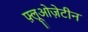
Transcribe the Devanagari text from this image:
फ़्लूओज़ेटीन